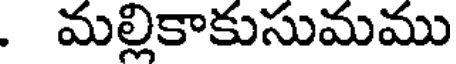
. మల్లికాకుసుమము